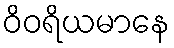
ဝိဝရိယမာနေ